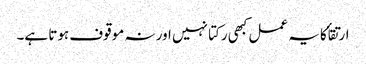
ارتقأ کا یہ عمل کبھی رکتا نہیں اور نہ موقوف ہوتا ہے۔